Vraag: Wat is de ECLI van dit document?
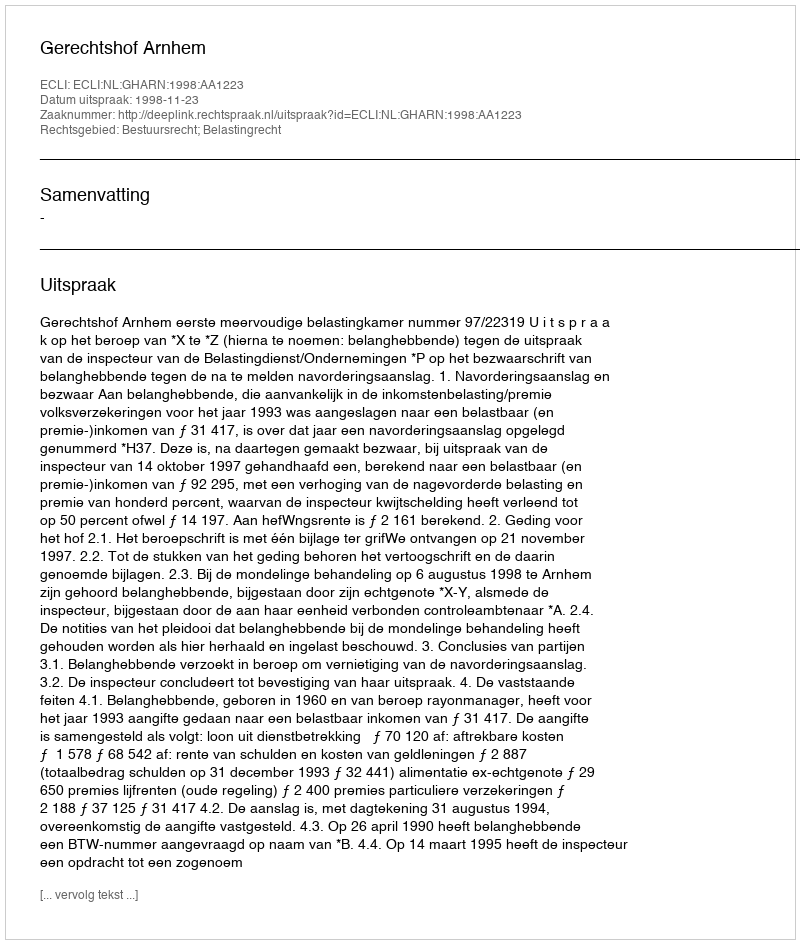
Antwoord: ECLI:NL:GHARN:1998:AA1223